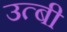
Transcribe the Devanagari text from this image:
उत्बी